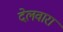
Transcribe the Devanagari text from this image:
देलवारा